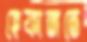
হেফাজতে